Civil Veterinary Dept. North-West Frontier Province 1933-46 - 1933-1946
Year: 1933
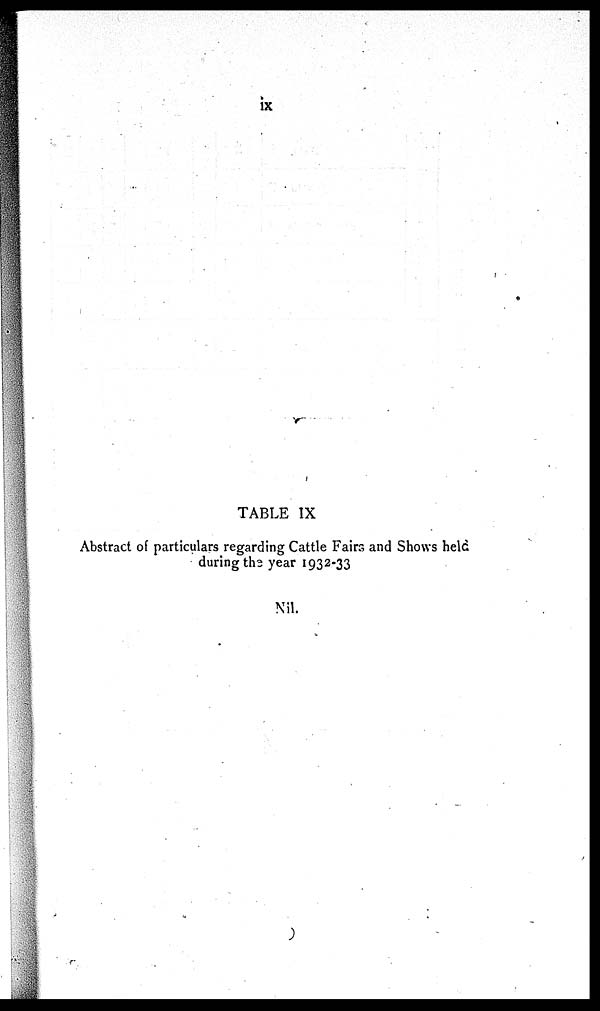
ix
TABLE IX
Abstract of particulars regarding Cattle Fairs and Shows held
during the year 1932-33
Nil.